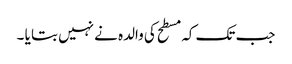
جب تک کہ مسطح کی والدہ نے نہیں بتا یا ۔